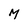
Character: M